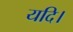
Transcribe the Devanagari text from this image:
यदि।